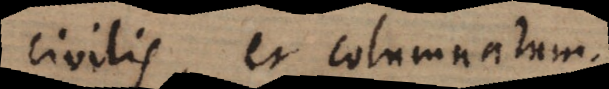
civilis, et columnarum.